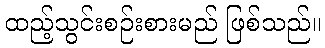
ထည့်သွင်းစဉ်းစားမည် ဖြစ်သည်။